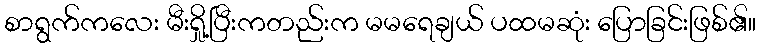
စာရွက်ကလေး မီးရှို့ပြီးကတည်းက မမရေချယ် ပထမဆုံး ပြောခြင်းဖြစ်၏။